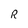
Character: R